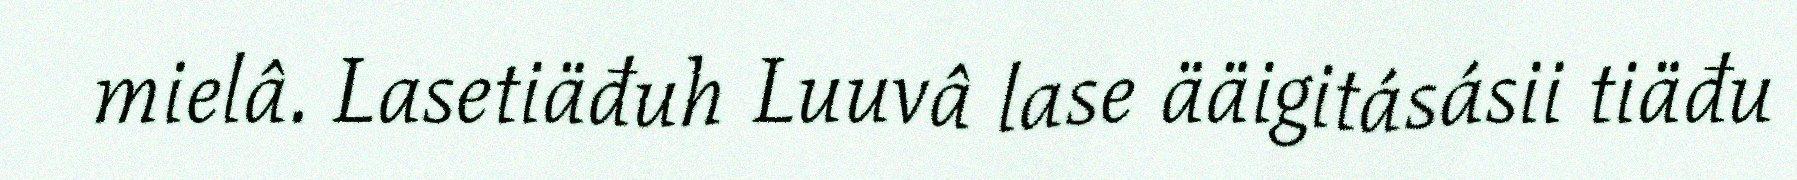
mielâ. Lasetiäđuh Luuvâ lase ääigitásásii tiäđu